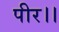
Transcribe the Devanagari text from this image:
पीर।।